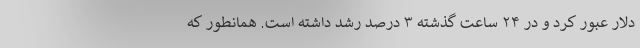
دلار عبور کرد و در ۲۴ ساعت گذشته ۳ درصد رشد داشته است. همانطور که